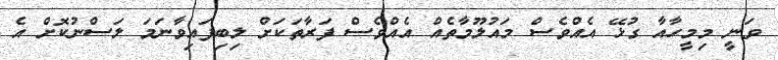
ވަނީ މިމީހާއާ ގުޅޭ އެއްވެސް މައުލޫމާތެއް އެއްވެސް ފަރާތަކަށް ލިބިފައިވާނަމަ ލަސްނުކޮށް އެ